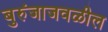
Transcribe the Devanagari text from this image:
बुरुंजाजवळील